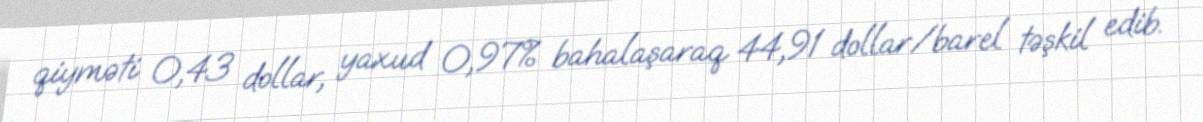
qiyməti 0,43 dollar, yaxud 0,97% bahalaşaraq 44,91 dollar/barel təşkil edib.